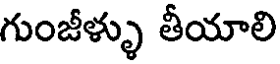
గుంజీళ్ళు తీయాలి